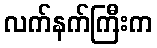
လက်နက်ကြီးက